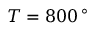
T = 8 0 0 \, ^ { \circ }